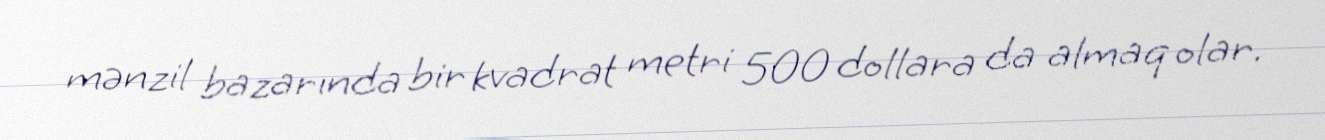
mənzil bazarında bir kvadrat metri 500 dollara da almaq olar.